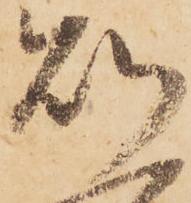
則